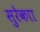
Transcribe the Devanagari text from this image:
सुरेकाा